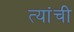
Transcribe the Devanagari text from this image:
त्यांंची